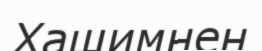
Хашимнен